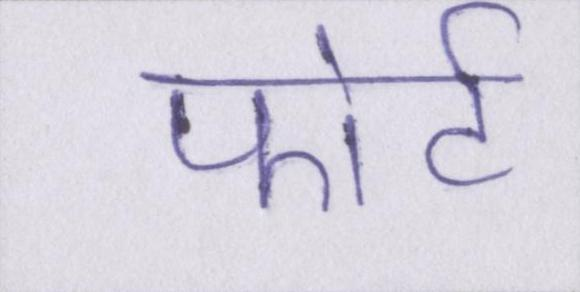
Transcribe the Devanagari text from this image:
फोर्ट